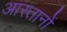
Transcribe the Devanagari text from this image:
आस्तानों